Madras plague regulations in force outside the Presidency town - Volume 3
Disease focus: Plague
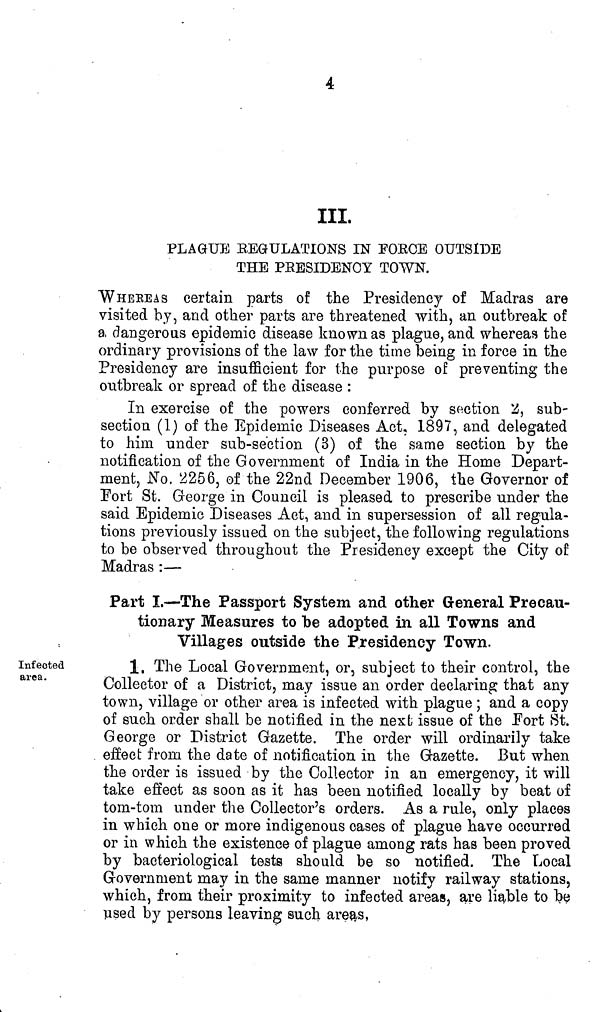
4
III,
PLAGUE REGULATIONS IN FORCE OUTSIDE
THE PRESIDENCY TOWN.
WHEEEAS certain parts of the Presidency of Madras are
visited by, and other parts are threatened with, an outbreak of
a, dangerous epidemic disease known as plague, and whereas the
ordinary provisions of the law for the time being in force in the
Presidency are insufficient for the purpose of preventing the
outbreak or spread of the disease :
In exercise of the powers conferred by section 2, sub-
section (1) of the Epidemic Diseases Act, 1897, and delegated
to him under sub-section (3) of the same section by the
notification of the Government of India in the Home Depart
ment, No. 2256, of the 22nd December 1906, the Governor of
Fort St. George in Council is pleased to prescribe under the
said Epidemic Diseases Act, and in supersession of all regula-
tions previously issued on the subject, the following regulations
to be observed throughout the Presidency except the City of
Madras :—
Part I.—The Passport System and other General Precau-
tionary Measures to be adopted in all Towns and
Villages outside the Presidency Town.
Infected
area.
1. The Local Government, or, subject to their control, the
Collector of a District, may issue an order declaring that any
town, village or other area is infected with plague ; and a copy
of such order shall be notified in the next issue of the Fort St.
George or District Gazette. The order will ordinarily take
effect from the date of notification in the Gazette. But when
the order is issued by the Collector in an emergency, it will
take effect as soon as it has been notified locally by beat of
tom-tom under the Collector's orders. As a rule, only places
in which one or more indigenous cases of plague have occurred
or in which the existence of plague among rats has been proved
by bacteriological tests should be so notified. The Local
Government may in the same manner notify railway stations,
which, from their proximity to infected areas, are liable to be
used by persons leaving such areas,